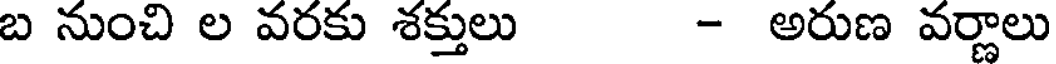
బ నుంచి ల వరకు శక్తులు - అరుణ వర్ణాలు